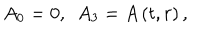
A _ { 0 } = 0 , \, \, \, A _ { 3 } = A \left( t , r \right) ,